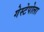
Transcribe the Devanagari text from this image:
गेस्टेपोला